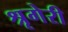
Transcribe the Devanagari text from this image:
श्रृगेरी